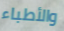
والأطباء